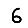
Digit: 6